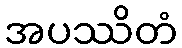
အပဿိတံ